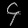
Digit: ၄